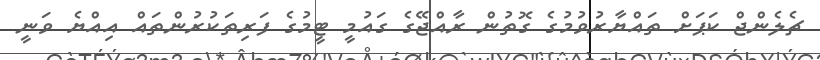
ޗެލެންޖް ކަޕަށް ތައްޔާރުވުމުގެ ގޮތުން ރާއްޖޭގެ ގައުމީ ޓީމުގެ ފަރިތަކުރުންތައް އިއްޔެ ވަނީ